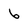
Character: 6